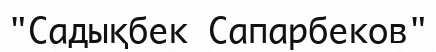
"Садықбек Сапарбеков"